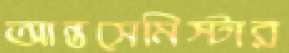
আন্তসেমিস্টার